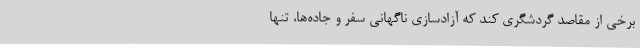
برخی از مقاصد گردشگری کند که آزادسازی ناگهانی سفر و جاده‌ها، تنها